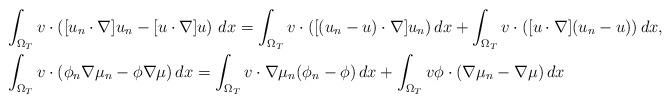
LaTeX: \begin{align*}&\int_{\Omega_T} v\cdot\left([u_n\cdot\nabla]u_n-[u\cdot\nabla]u\right)\,dx=\int_{\Omega_T} v\cdot([(u_n-u)\cdot\nabla]u_n)\,dx+\int_{\Omega_T} v\cdot([u\cdot\nabla](u_n-u))\,dx,\\&\int_{\Omega_T} v\cdot(\phi_n\nabla\mu_n-\phi\nabla\mu)\,dx=\int_{\Omega_T} v\cdot\nabla\mu_n(\phi_n-\phi)\,dx+\int_{\Omega_T} v\phi\cdot(\nabla\mu_n-\nabla\mu)\,dx\end{align*}